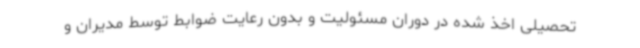
تحصیلی اخذ شده در دوران مسئولیت و بدون رعایت ضوابط توسط مدیران و